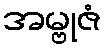
အမ္ဗုဇံ